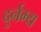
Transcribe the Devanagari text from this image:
दुर्नम्य